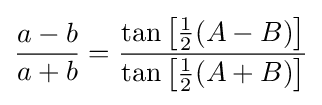
{\frac {a-b}{a+b}}={\frac {\tan \left[{\tfrac {1}{2}}(A-B)\right]}{\tan \left[{\tfrac {1}{2}}(A+B)\right]}}